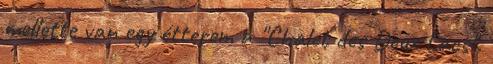
mellette van egy étterem a "Chalet des Deux Lacs".